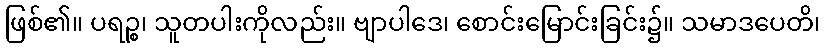
ဖြစ်၏။ ပရဉ္စ၊ သူတပါးကိုလည်း။ ဗျာပါဒေ၊ စောင်းမြောင်းခြင်း၌။ သမာဒပေတိ၊